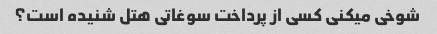
شوخی میکنی کسی از پرداخت سوغاتی هتل شنیده است؟